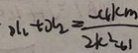
x _ { 2 } + x _ { 2 } = \frac { - 4 k m } { 2 k ^ { 2 } + 1 }